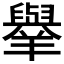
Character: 𦏜